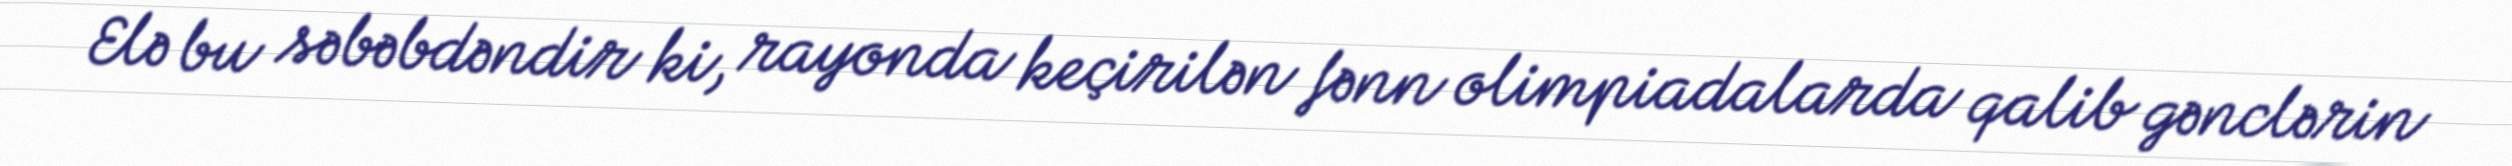
Elə bu səbəbdəndir ki, rayonda keçirilən fənn olimpiadalarda qalib gənclərin